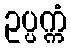
ဥပ္ပက္ကံ